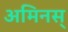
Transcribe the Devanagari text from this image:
अमिनस्